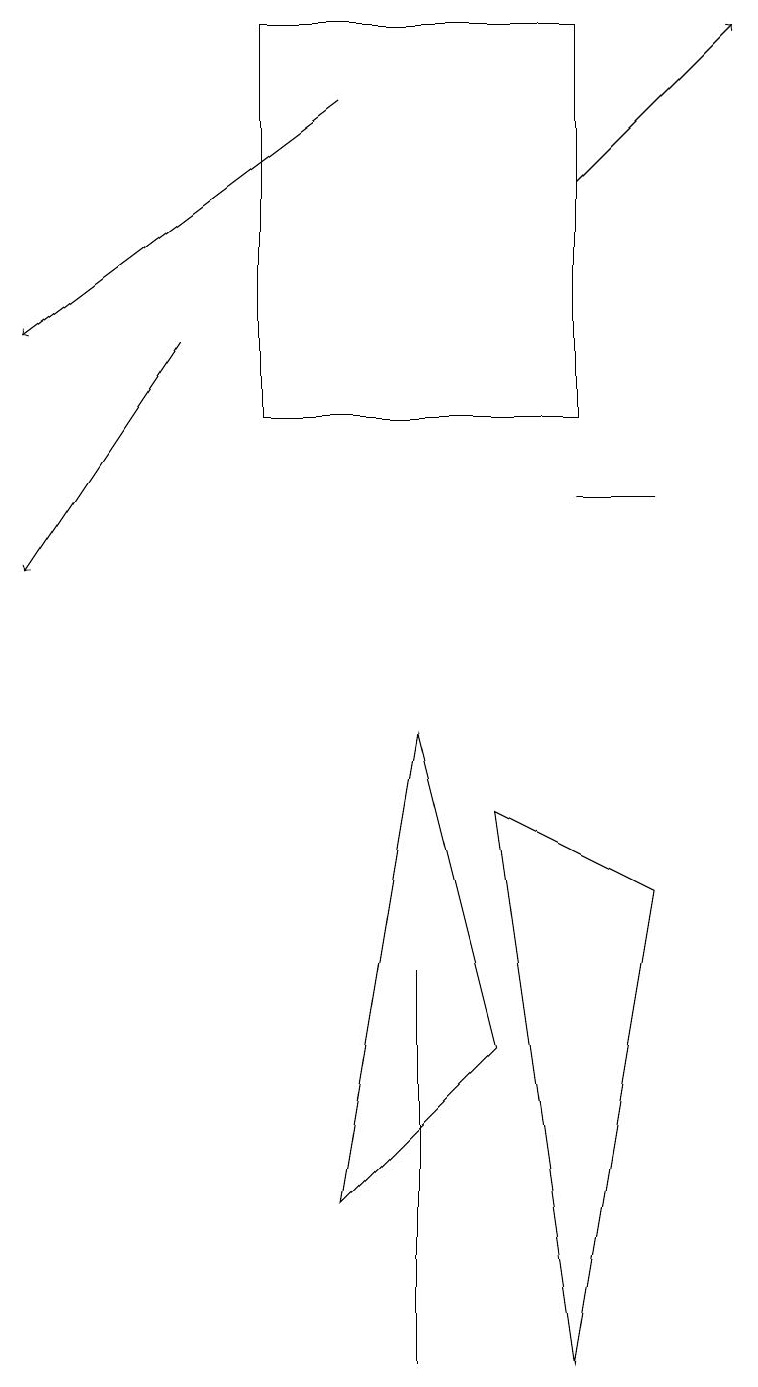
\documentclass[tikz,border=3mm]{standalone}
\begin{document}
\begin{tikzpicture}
\draw (3,17) rectangle (7,12);
\draw (6,7) -- (8,6) -- (7,0) -- cycle;
\draw (5,5) -- (5,1) -- (5,0) -- cycle;
\draw (8,11) rectangle (7,11);
\draw[->] (2,13) -- (0,10);
\draw[->] (7,15) -- (9,17);
\draw (4,2) -- (5,8) -- (6,4) -- cycle;
\draw[->] (4,16) -- (0,13);
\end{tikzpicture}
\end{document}